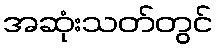
အဆုံးသတ်တွင်